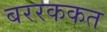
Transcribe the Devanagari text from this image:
बररककत